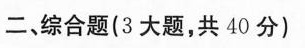
二，综合题(3大题，共40分)